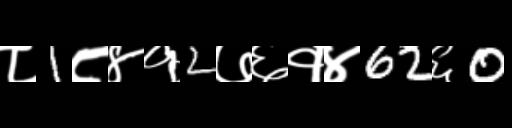
Text: ८1८४१2७६१४62६0